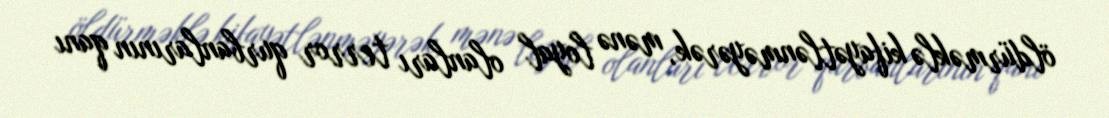
öldürməklə kifayətlənməyərək, mənə loyal olanları terror qurbanlarının qanı